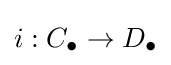
i:C_{\bullet }\to D_{\bullet }